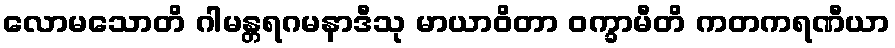
လောမသောတိ ဂါမန္တရဂမနာဒီသု မာယာဝိတာ ဝက္ခာမီတိ ကတကရဏီယာ